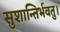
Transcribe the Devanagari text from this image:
सुशान्तिर्भवतु।